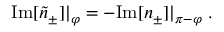
\begin{array} { r } { \mathrm { I m } [ \tilde { n } _ { \pm } ] | _ { \varphi } = - \mathrm { I m } [ n _ { \pm } ] | _ { \pi - \varphi } \; . } \end{array}